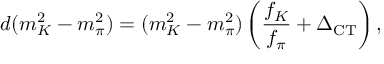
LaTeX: d ( m _ { K } ^ { 2 } - m _ { \pi } ^ { 2 } ) = ( m _ { K } ^ { 2 } - m _ { \pi } ^ { 2 } ) \left( \frac { f _ { K } } { f _ { \pi } } + \Delta _ { \mathrm { C T } } \right) ,